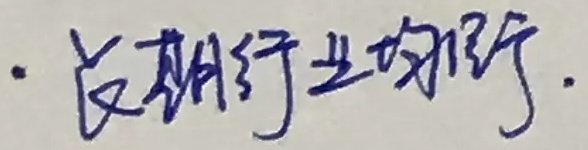
· 长期行业均衡.